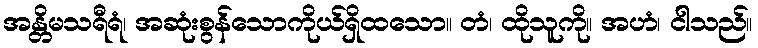
အန္တိမသရီရံ၊ အဆုံးစွန်သောကိုယ်ရှိထသော။ တံ၊ ထိုသူကို။ အဟံ၊ ငါသည်။